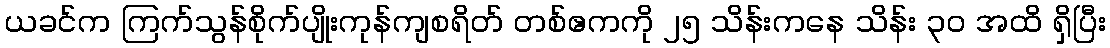
ယခင်က ကြက်သွန်စိုက်ပျိုးကုန်ကျစရိတ် တစ်ဧကကို ၂၅ သိန်းကနေ သိန်း ၃၀ အထိ ရှိပြီး